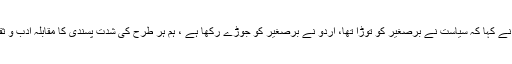
افتتاحی اجلاس سے خطاب کرتے ہوئے مہمانِ خصوصی صوبائی وزیر ثقافت سید سردار علی شاہ نے کہا کہ سیاست نے برصغیر کو توڑا تھا، اُردو نے برصغیر کو جوڑے رکھا ہے ، ہم ہر طرح کی شدت پسندی کا مقابلہ ادب و ثقافت سے کر سکتے ہیں، دہشت گردوں اور تنگ نظروں کے خلاف تخلیق کاروں کا بڑا کردار ہے۔